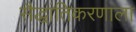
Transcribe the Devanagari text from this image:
सैद्धांतिकरणाला